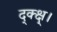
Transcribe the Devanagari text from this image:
द्क्क्ष्।